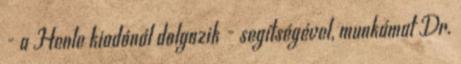
- a Henle kiadónál dolgozik - segítségével, munkámat Dr.